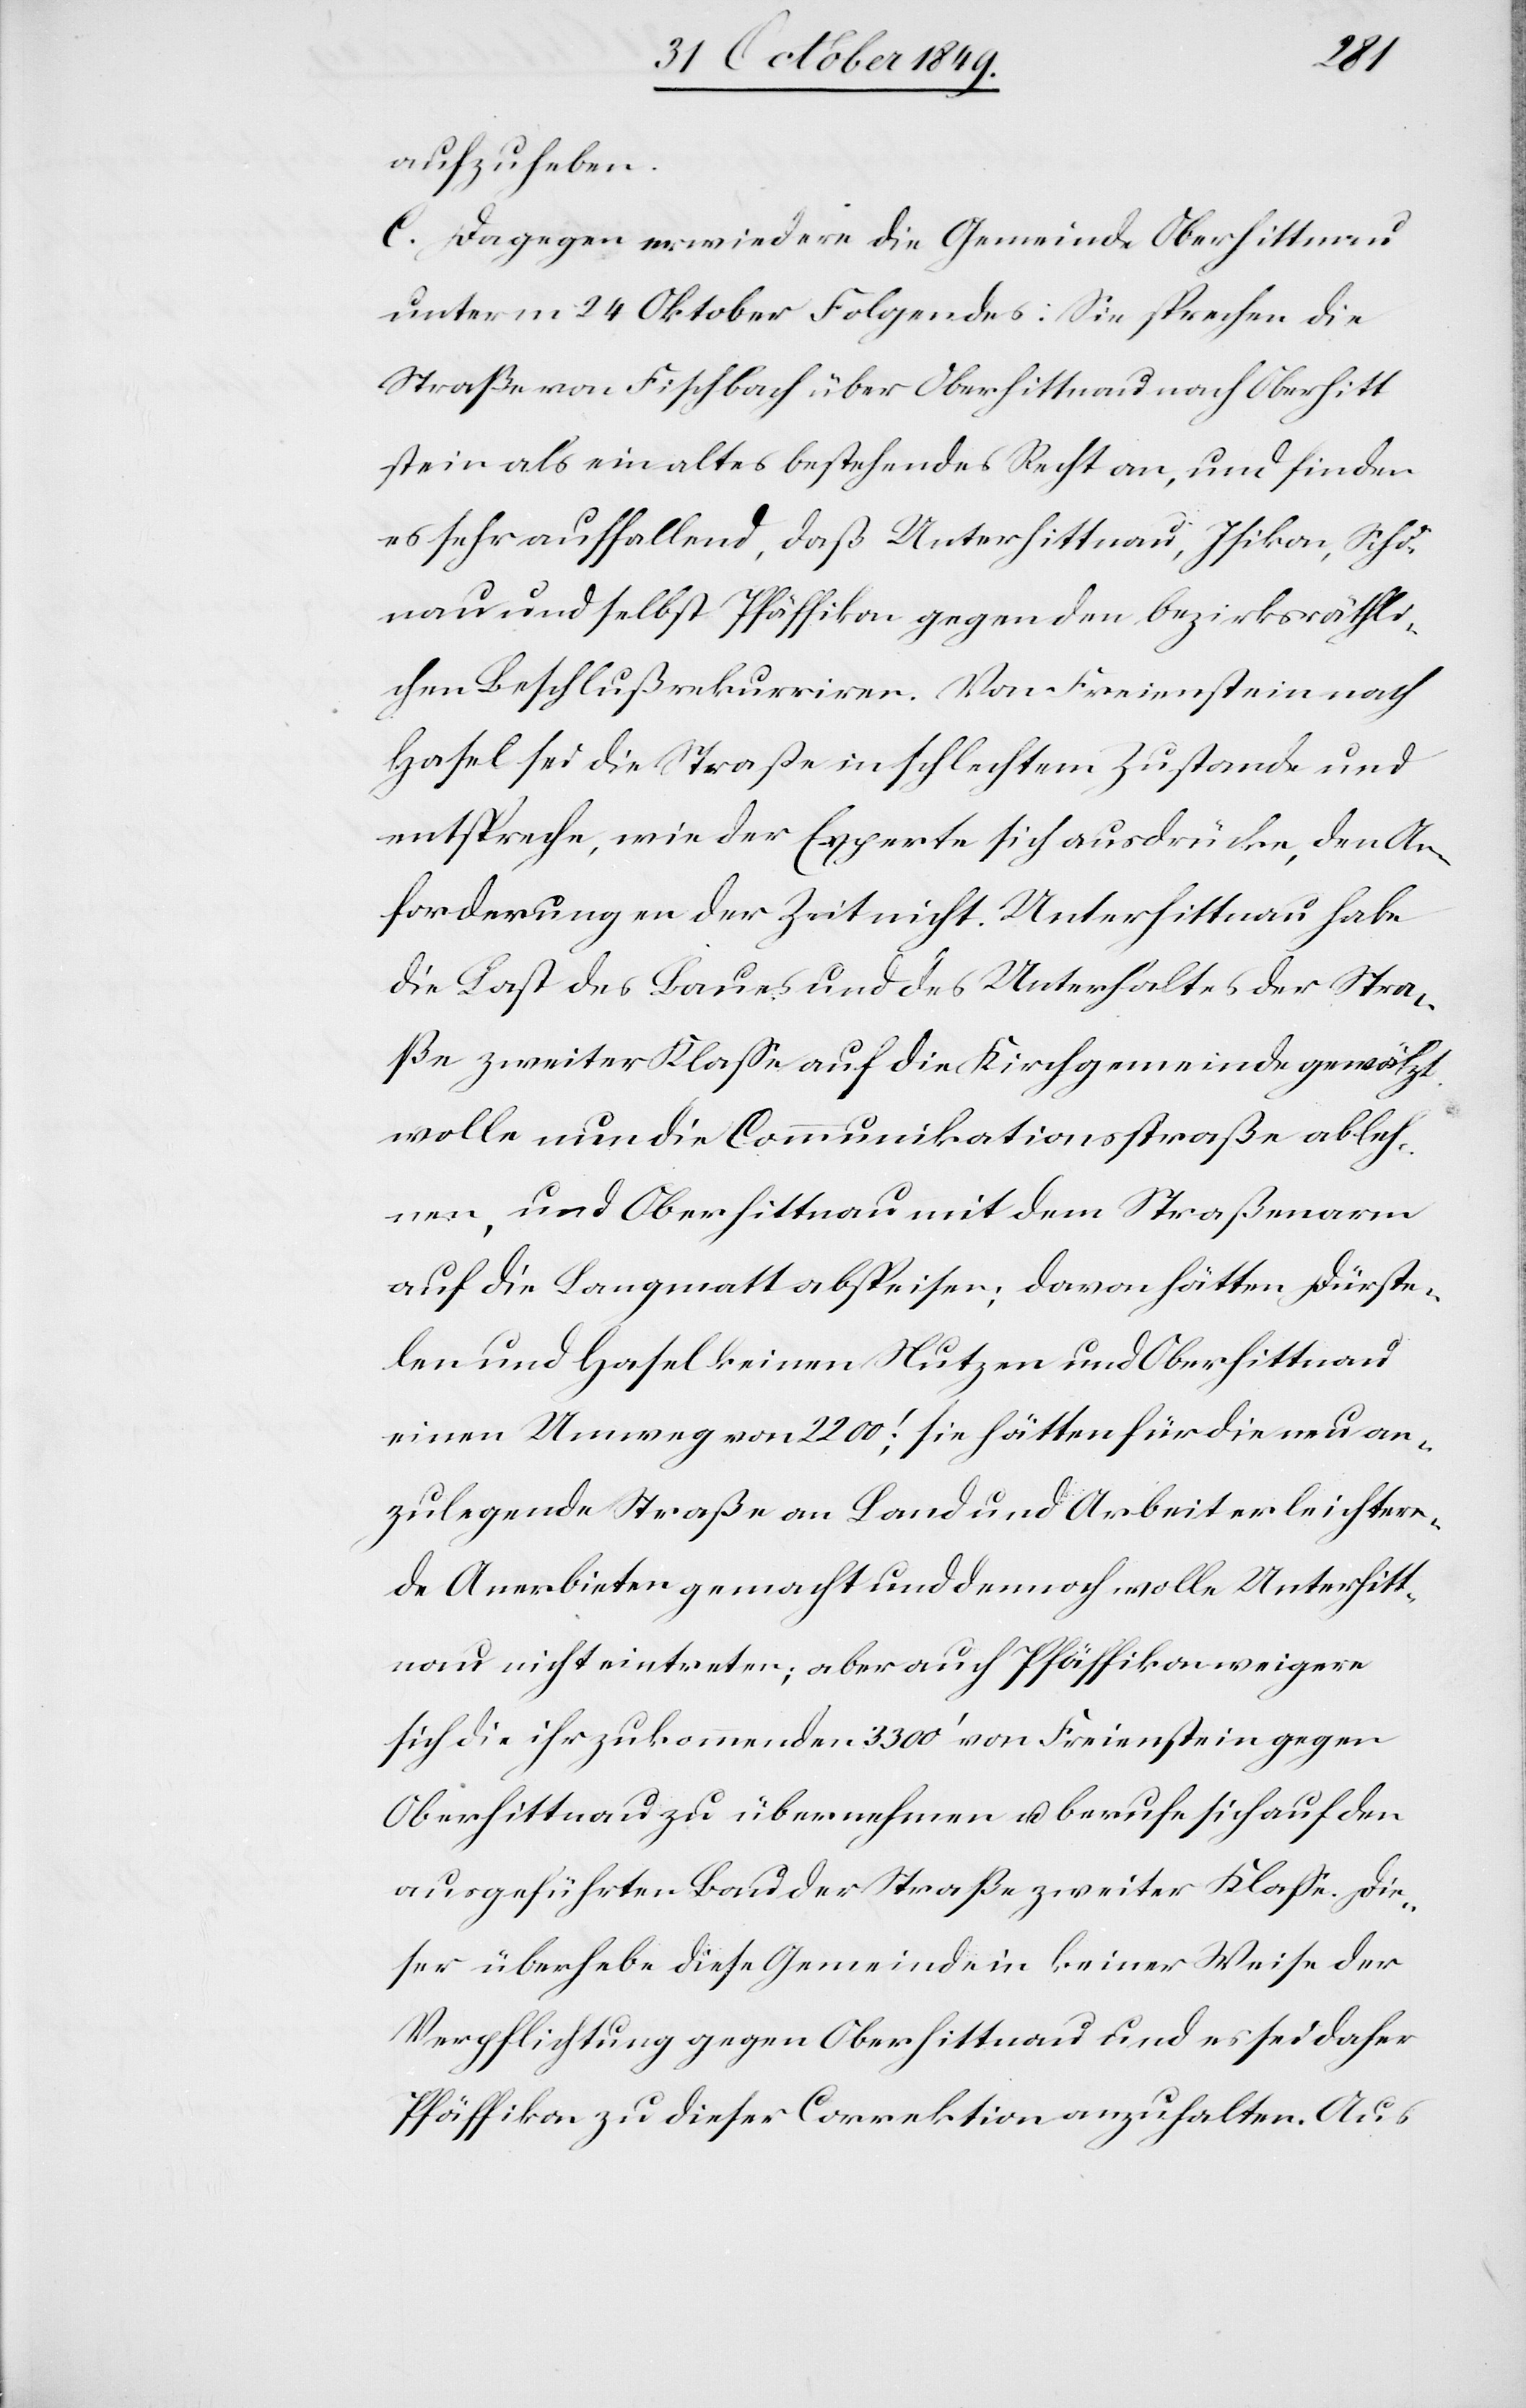
aufzuheben.
C. Dagegen erwiedere die Gemeinde Oberhittnau
unterm 24 Oktober Folgendes: Sie sprechen die
Straße von Fischbach über Oberhittnau nach Oberhitt¬
stein als ein altes bestehendes Recht an, und finden
es sehr auffallend, daß Unterhittnau, Isikon, Schö¬
nau und selbst Pfäffikon gegen den bezirksräthli¬
chen Beschluß rekurriren. Von Freienstein nach
Hasel sei die Straße in schlechtem Zustande und
entspreche, wie der Experte sich ausdrücke, den An¬
forderungen der Zeit nicht. Unterhittnau habe
die Last des Baues und des Unterhaltes der Stra¬
ße zweiter Klaße auf die Kirchgemeinde gewälzt,
wolle nun die Communikationsstraße ableh¬
nen, und Oberhittnau mit dem Straßenarm
auf die Langmatt abspeisen; davon hätten Dürste¬
len und Hasel keinen Nutzen und Oberhittnau
einen Umweg von 2200’; sie hätten für die neu an¬
zulegende Straße an Land und Arbeit erleichtern¬
de Anerbieten gemacht und dennoch wolle Unterhitt¬
nau nicht eintreten; aber auch Pfäffikon verweigere
sich die ihr zukommenden 3300’ von Freienstein gegen
Oberhittnau zu übernehmen u. berufe sich auf den
ausgeführten Bau der Straße zweiter Klaße. Die¬
ser überhebe diese Gemeinde in keiner Weise der
Verpflichtung gegen Oberhittnau und es sei daher
Pfäffikon zu dieser Correktion anzuhalten. Aus